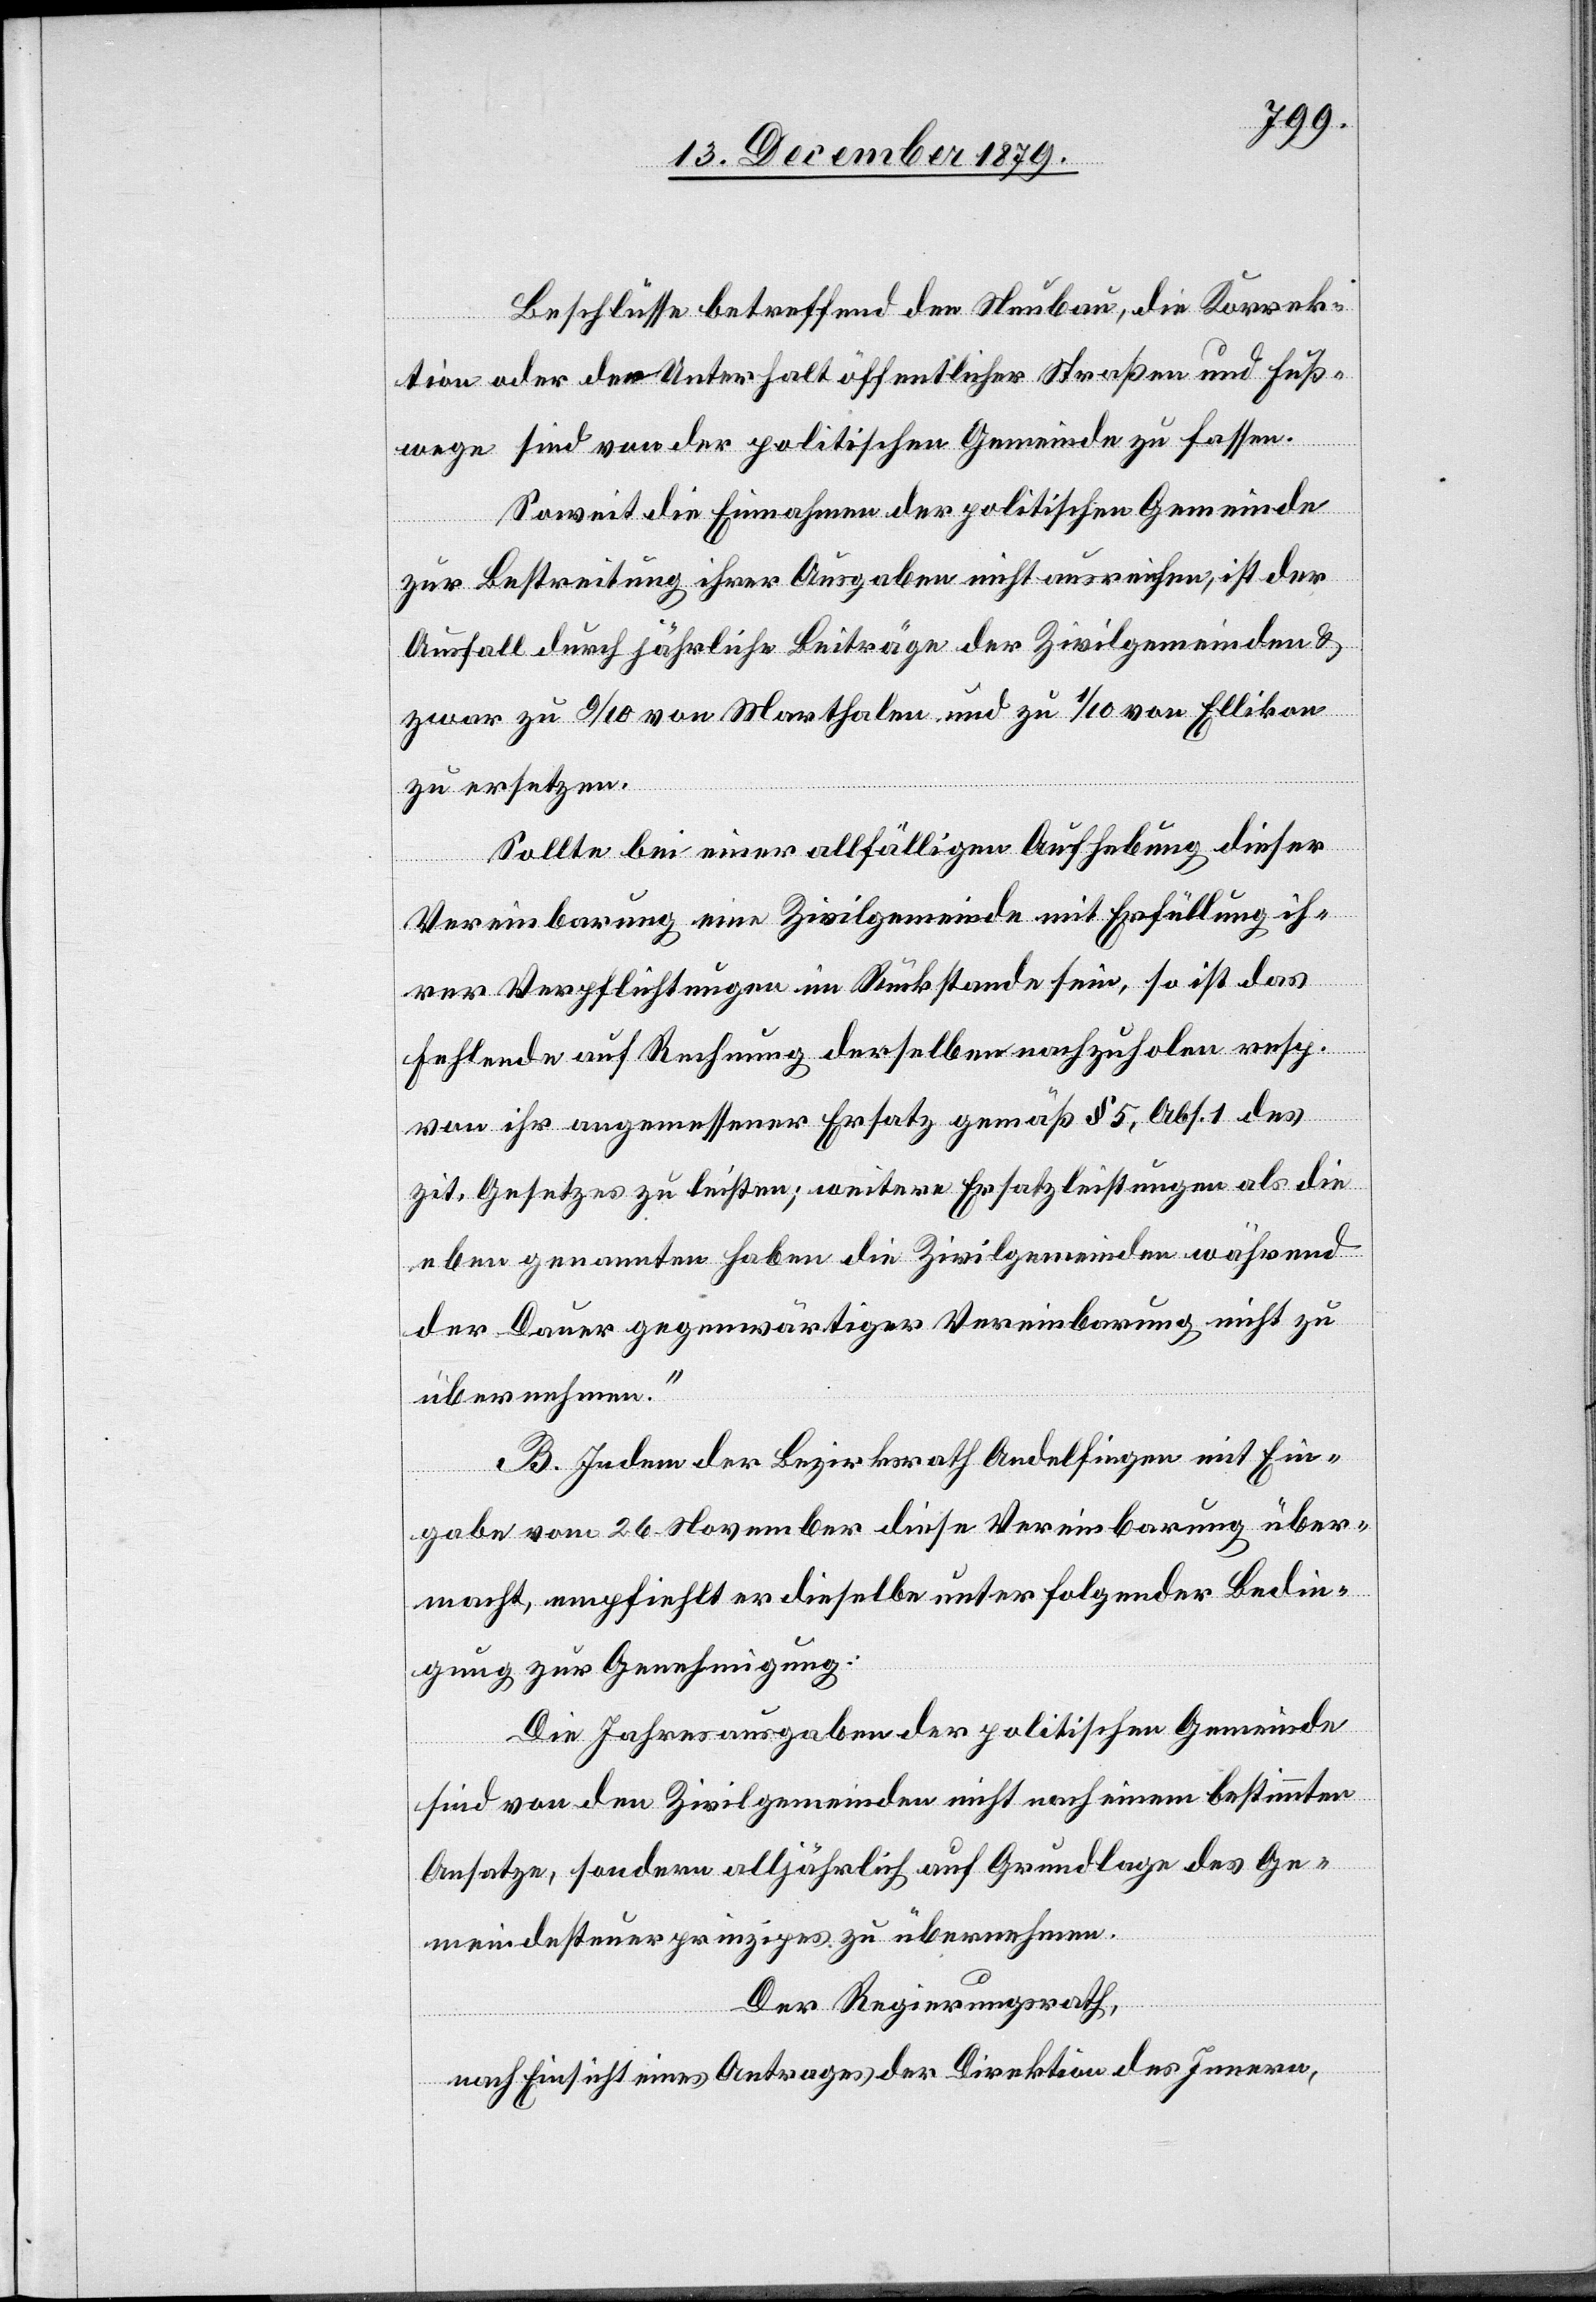
Beschlüsse betreffend den Neubau, die Korrek¬
tion oder der Unterhalt öffentlicher Straßen und Fuß¬
likon
wege sind von der politischen Gemeinde zu fassen.
Soweit die Einnahmen der politischen Gemeinde
zur Bestreitung ihrer Ausgaben nicht ausreichen, ist der
Ausfall durch jährliche Beiträge der Zivilgemeinden &
zu ersetzen.
Sollte bei einer allfälligen Aufhebung dieser
Vereinbarung eine Zivilgemeinde mit Erfüllung ih¬
rer Verpflichtungen im Rückstande sein, so ist das
Fehlende auf Rechnung derselben nachzuholen resp.
von ihr angemessener Ersatz gemäß § 5, Abs. 1 des
zit. Gesetzes zu leisten; weitere Ersatzleistungen als die
eben genannten haben die Zivilgemeinden während
der Dauer gegenwärtiger Vereinbarung nicht zu
übernehmen.“
B. Indem der Bezirksrath Andelfingen mit Ein¬
gabe vom 26. November diese Vereinbarung über¬
macht, empfiehlt er dieselbe unter folgender Bedin¬
gung zur Genehmigung:
Die Jahresausgaben der politischen Gemeinde
sind von den Zivilgemeinden nicht nach einem bestimmten
Ansatze, sondern alljährlich auf Grundlage des Ge¬
meindesteuerprinzips zu übernehmen.
Der Regierungsrath,
nach Einsicht eines Antrages der Direktion des Innern,